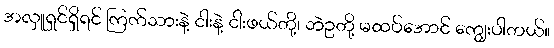
အလှူရှင်ရှိရင် ကြက်သားနဲ့ ငါးနဲ့ ငါးဖယ်တို့၊ ဘဲဥတို့ မထပ်အောင် ကျွေးပါတယ်။